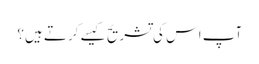
آپ اس کی تشریح کیسے کرتے ہیں؟